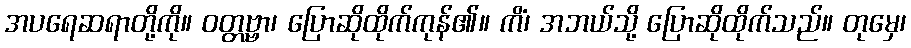
အပရေဆရာတို့ကို။ ဝတ္တဗ္ဗာ၊ ပြောဆိုထိုက်ကုန်၏။ ကိံ၊ အဘယ်သို့ ပြောဆိုထိုက်သည်။ တုမှေ၊